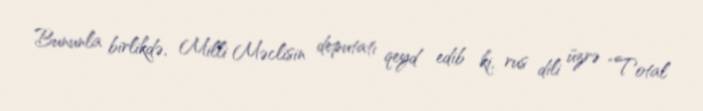
Bununla birlikdə, Milli Məclisin deputatı qeyd edib ki, rus dili üzrə “Total